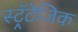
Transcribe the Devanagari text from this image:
स्ट्रॅटेजिक